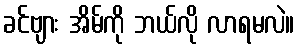
ခင်ဗျား အိမ်ကို ဘယ်လို လာရမလဲ။